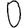
Digit: 0